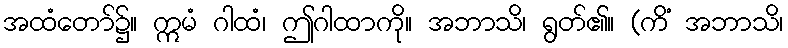
အထံတော်၌။ ဣမံ ဂါထံ၊ ဤဂါထာကို။ အဘာသိ၊ ရွတ်၏။ (ကိံ အဘာသိ၊